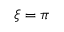
\xi = \pi